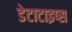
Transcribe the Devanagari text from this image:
डेटाटाइप्स